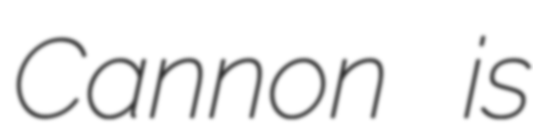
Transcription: Cannon is